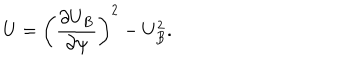
U = \left( \frac { \partial U _ { B } } { \partial \psi } \right) ^ { 2 } - U _ { B } ^ { 2 } .